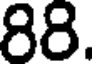
88.